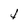
Character: 4